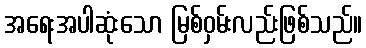
အရေးအပါဆုံးသော မြစ်ဝှမ်းလည်းဖြစ်သည်။